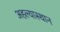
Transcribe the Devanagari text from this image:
अहल्यास्थान